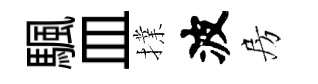
颿皿擈波房